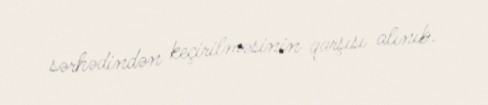
sərhədindən keçirilməsinin qarşısı alınıb.